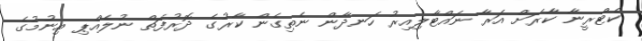
ކެޓްރީނާ ކާރަށް އަރާ ނައްޓާލިއިރު ހަނދާން ނެތިގެން ކާރުގެ ދޮރުފަތް ނުލެއްޕި އިނުމުގެ